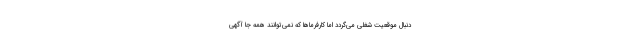
دنبال موقعیت شغلی می‌گردد اما کارفرماها که نمی‌توانند همه جا آگهی